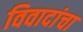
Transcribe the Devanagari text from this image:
विवादांचा